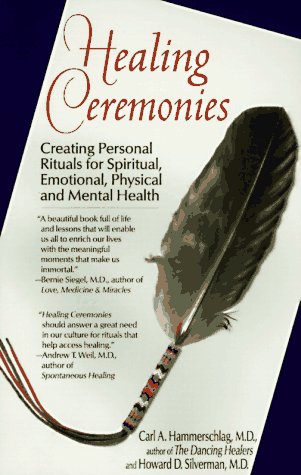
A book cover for Healing Ceremonies: Creating Personal Rituals for Spiritual, Emotional, Physical & Mental Health; M.D. Carl A. Hammerschlag; Health, Fitness & Dieting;